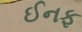
ઈનફ